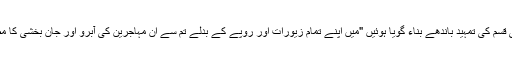
بیگم صاحب کسی قسم کی تمہید باندھے بناء گویا ہوئیں "میں اپنے تمام زیورات اور روپے کے بدلے تم سے ان مہاجرین کی آبرو اور جان بخشی کا مطالبہ کرتی ہوں"۔